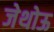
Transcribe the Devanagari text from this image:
जेथोऊ